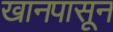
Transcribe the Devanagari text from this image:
खानपासून